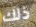
ذلك